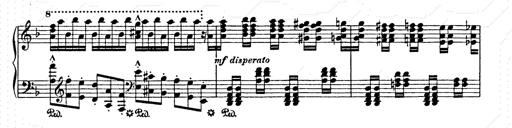
Title: AnnÃ©es de pÃ¨lerinage II
Composer: Franz Liszt